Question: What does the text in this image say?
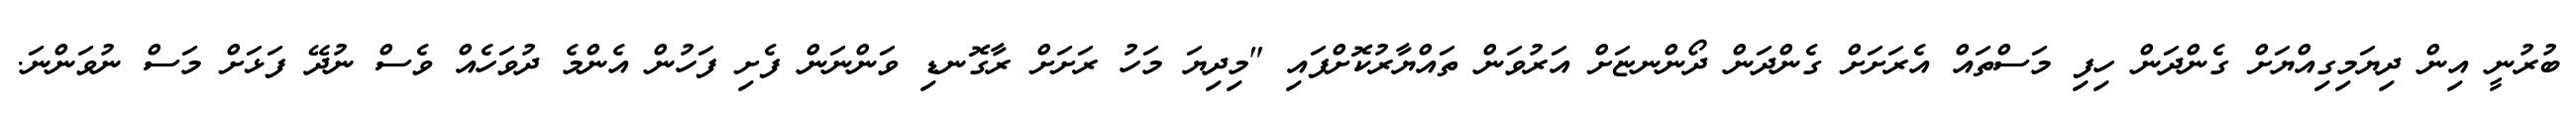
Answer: ބުރުނީ އިން ދިޔަމިގިއްޔަށް ގެންދަން ހިފި މަސްތައް އެރަށަށް ގެންދަން ދޯންނޏަށް އަރުވަން ތައްޔާރުކޮށްފައި "މިދިޔަ މަހު ރަށަށް ރާގޮނޑި ވަންނަން ފެށި ފަހުން އެންމެ ދުވަހެއް ވެސް ނުދޭ ފަޅަށް މަސް ނުވަންނަ.